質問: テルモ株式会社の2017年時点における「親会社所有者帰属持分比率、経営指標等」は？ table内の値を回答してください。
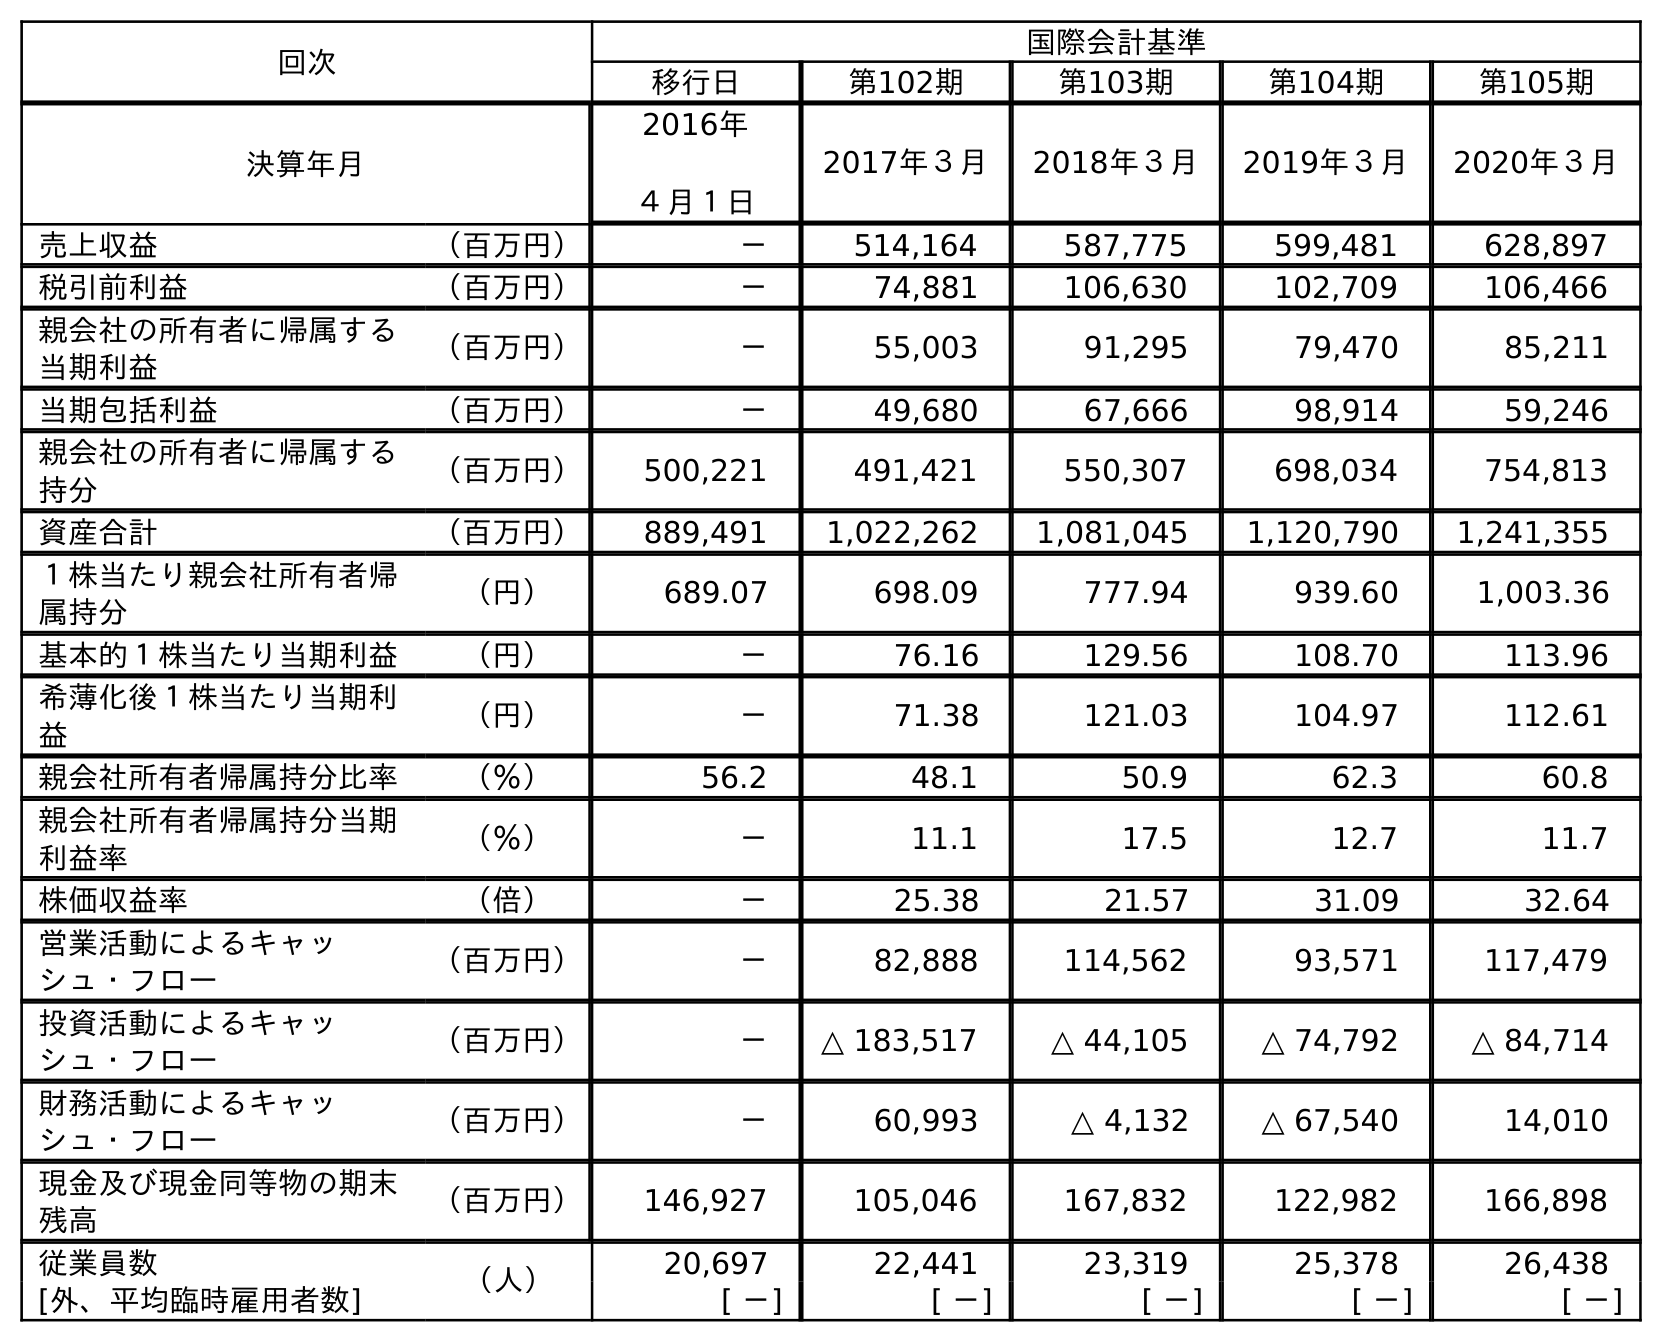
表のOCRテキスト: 回次 国際会計基準 移行日 第102期 第103期 第104期 第105期 決算年月 2016年 ４月１日 2017年３月 2018年３月 2019年３月 2020年３月 売上収益 （百万円） － 514,164 587,775 599,481 628,897 税引前利益 （百万円） － 74,881 106,630 102,709 106,466 親会社の所有者に帰属する 当期利益 （百万円） － 55,003 91,295 79,470 85,211 当期包括利益 （百万円） － 49,680 67,666 98,914 59,246 親会社の所有者に帰属する 持分 （百万円） 500,221 491,421 550,307 698,034 754,813 資産合計 （百万円） 889,491 1,022,262 1,081,045 1,120,790 1,241,355 １株当たり親会社所有者帰 属持分 （円） 689.07 698.09 777.94 939.60 1,003.36 基本的１株当たり当期利益 （円） － 76.16 129.56 108.70 113.96 希薄化後１株当たり当期利 益 （円） － 71.38 121.03 104.97 112.61 親会社所有者帰属持分比率 （％） 56.2 48.1 50.9 62.3 60.8 親会社所有者帰属持分当期 利益率 （％） － 11.1 17.5 12.7 11.7 株価収益率 （倍） － 25.38 21.57 31.09 32.64 営業活動によるキャッ シュ・フロー （百万円） － 82,888 114,562 93,571 117,479 投資活動によるキャッ シュ・フロー （百万円） － △ 183,517 △ 44,105 △ 74,792 △ 84,714 財務活動によるキャッ シュ・フロー （百万円） － 60,993 △ 4,132 △ 67,540 14,010 現金及び現金同等物の期末 残高 （百万円） 146,927 105,046 167,832 122,982 166,898 従業員数 （人） 20,697 22,441 23,319 25,378 26,438 [外、平均臨時雇用者数] [ －] [ －] [ －] [ －] [ －]
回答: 48.1